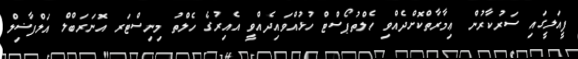
ފީއަލީގައި ސަރުކާރުން ޢިމާރާތްކޮށްދެއްވި ހެލްތުޕޯސްޓް ހުޅުއްވައިދެއްވީ އެއިރުގެ ހެލްތު މިނިސްޓަރ އޮނަރަބްލް އަލްފާޟިލް